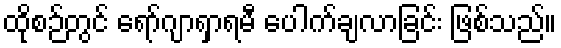
ထိုစဉ်တွင် ရော်ဂျာရှာရမီ ပေါက်ချလာခြင်း ဖြစ်သည်။